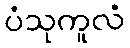
ပံသုကူလံ